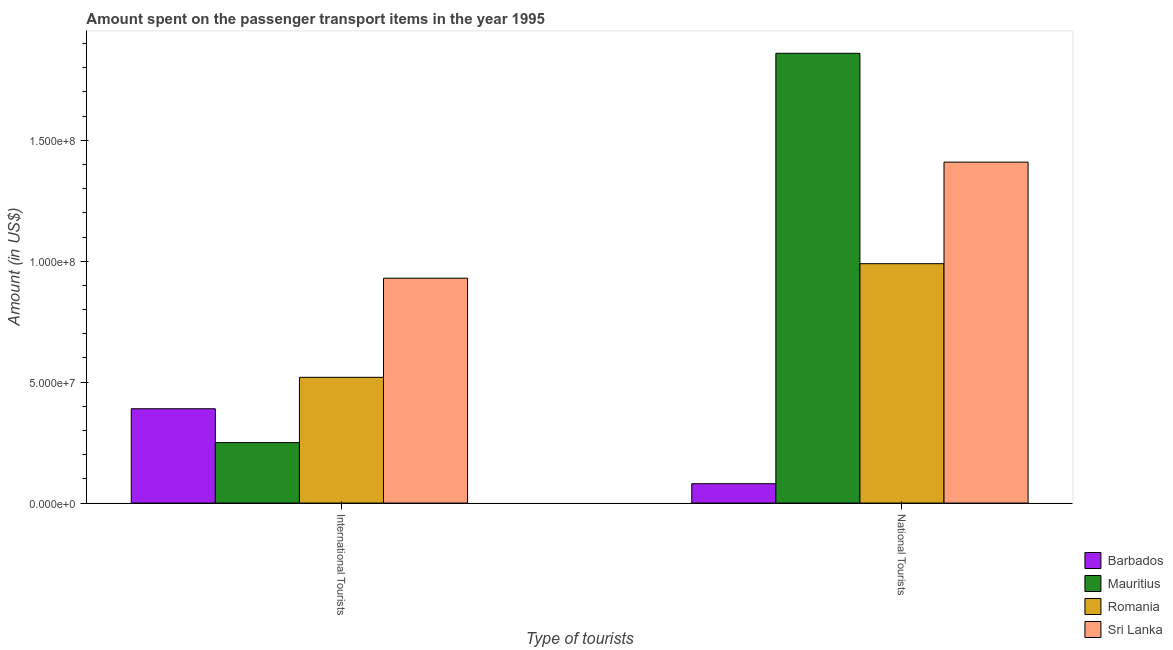
| Type of tourists | Barbados | Mauritius | Romania | Sri Lanka |
 | --- | --- | --- | --- | --- |
 | International Tourists | 3.9e+07 | 2.5e+07 | 5.2e+07 | 9.3e+07 |
 | National Tourists | 8e+06 | 1.86e+08 | 9.9e+07 | 1.41e+08 |